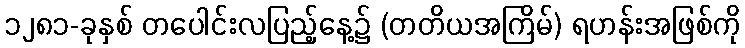
၁၂၈၁-ခုနှစ် တပေါင်းလပြည့်နေ့၌ (တတိယအကြိမ်) ရဟန်းအဖြစ်ကို